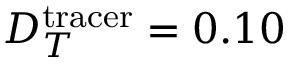
D _ { T } ^ { \mathrm { t r a c e r } } = 0 . 1 0